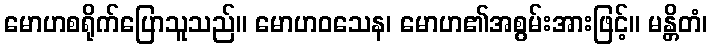
မောဟစရိုက်ပြောသူသည်။ မောဟဝသေန၊ မောဟ၏အစွမ်းအားဖြင့်။ မန္တိတံ၊